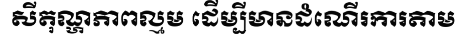
សីតុណ្ហភាពល្មម ដើម្បីមានដំណើរការតាម